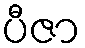
ပီဇာ